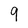
Character: 9